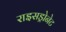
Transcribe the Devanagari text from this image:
राइसड्रोनेट